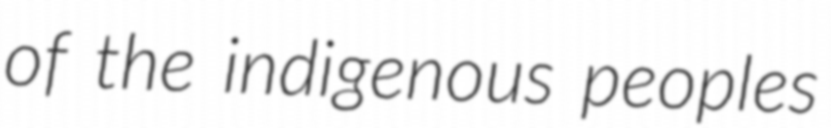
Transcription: of the indigenous peoples